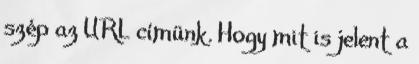
szép az URL címünk. Hogy mit is jelent a